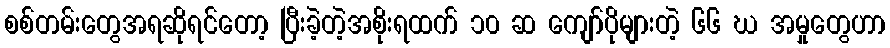
စစ်တမ်းတွေအရဆိုရင်တော့ ပြီးခဲ့တဲ့အစိုးရထက် ၁၀ ဆ ကျော်ပိုများတဲ့ ၆၆ ဃ အမှုတွေဟာ